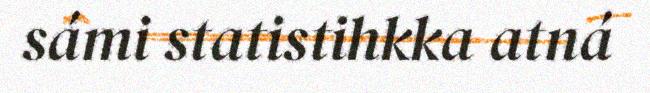
sámi statistihkka atná